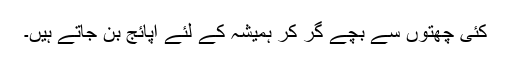
کئی چھتوں سے بچے گر کر ہمیشہ کے لئے اپائج بن جاتے ہیں۔